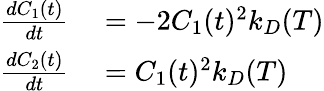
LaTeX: \begin{array}{rl}{\frac{dC_{1}(t)}{dt}}&{{}=-2C_{1}(t)^{2}k_{D}(T)}\\ {\frac{dC_{2}(t)}{dt}}&{{}=C_{1}(t)^{2}k_{D}(T)}\end{array}